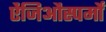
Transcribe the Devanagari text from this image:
ऐंजिऔस्पर्मों